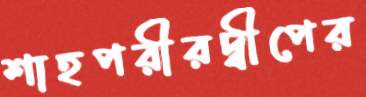
শাহপরীরদ্বীপের